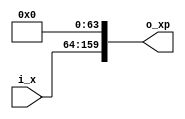
//////////////////////////////////////////////////////////////////////////////////
// Company       : TSU
// Engineer      : 
// 
// Project Name  : 
// Design Name   : 
// Description   : 
//                
// 
// Dependencies  : 
// 
// Revision      : 
//                 - V1.0 File Created
// Additional Comments:
// 
//////////////////////////////////////////////////////////////////////////////////
// 
// WARNING: THIS FILE IS AUTOGENERATED
// ANY MANUAL CHANGES WILL BE LOST

`timescale 1ns/1ps
module Expand2_n3o5k32(
    input  wire  [95:0] i_x,
    output wire [159:0] o_xp);


// ------------------------------------------------------------------------------
// for(i=0;i<2;i++)
// {
//   xp[i]=0;
// }
// ------------------------------------------------------------------------------
assign o_xp[ 0+:32] = 32'd0;
assign o_xp[32+:32] = 32'd0;

// ------------------------------------------------------------------------------
// for(i=0;i<3;i++)
// {
//   xp[5-3+i]=x[i];
// }
// ------------------------------------------------------------------------------
assign o_xp[ 64+: 32] = i_x[  0+: 32];
assign o_xp[ 96+: 32] = i_x[ 32+: 32];
assign o_xp[128+: 32] = i_x[ 64+: 32];



endmodule